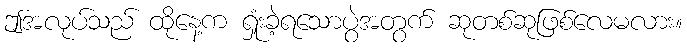
ဤအလုပ်သည် ထိုနေ့က ရှုံးခဲ့ရသောပွဲအတွက် ဆုတစ်ဆုဖြစ်လေမလား။